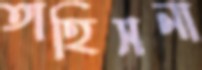
তাহিসনা